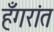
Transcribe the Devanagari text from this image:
हँगरांत